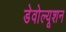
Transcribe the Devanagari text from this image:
डेवोल्यूशन